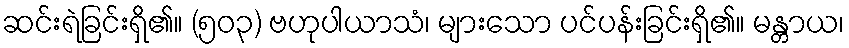
ဆင်းရဲခြင်းရှိ၏။ (၅၀၃) ဗဟုပါယာသံ၊ များသော ပင်ပန်းခြင်းရှိ၏။ မန္တာယ၊